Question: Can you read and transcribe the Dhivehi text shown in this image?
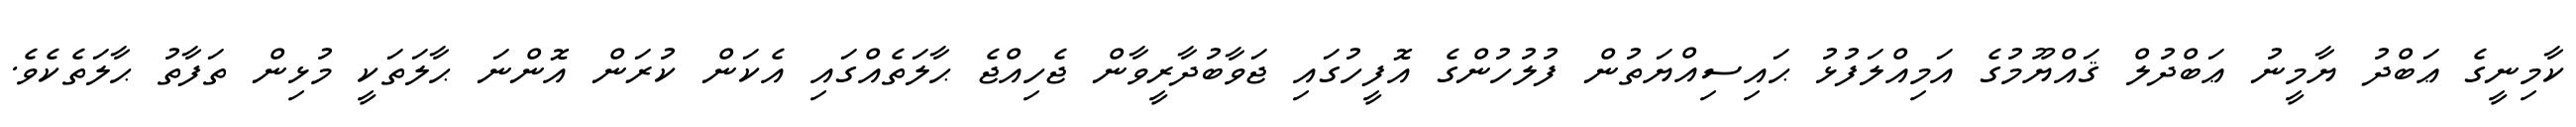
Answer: ކާމިނީގެ ޢަބްދު ޔާމީނު ޢަބްދުލް ޤައްޔޫމުގެ އަމިއްލަފުޅު ޙައިސިއްޔަތުން ފުލުހުންގެ އޮފީހުގައި ޖަވާބުދާރީވާން ޖެހިއްޖެ ޙާލަތެއްގައި އެކަން ކުރަން އޮންނަ ޙާލަތަކީ މުޅިން ތަފާތު ޙާލަތެކެވެ.